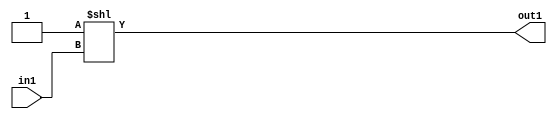
`timescale 1ps / 1ps
/*****************************************************************************
    Verilog RTL Description
    
    
    Created by: CellMath Designer 2019.1.01 
*******************************************************************************/

module DFT_compute_DECODE_2U_3_4 (
	in1,
	out1
	); /* architecture "behavioural" */ 
input  in1;
output [1:0] out1;
wire [1:0] asc001;

assign asc001 = 2'B01 << in1;

assign out1 = asc001;
endmodule

/* CADENCE  urbzTgk= : u9/ySgnWtBlWxVPRXgAZ4Og= ** DO NOT EDIT THIS LINE ******/